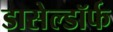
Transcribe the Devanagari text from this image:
डासेल्डॉर्फ